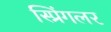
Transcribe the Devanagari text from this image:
स्प्रिंगलर